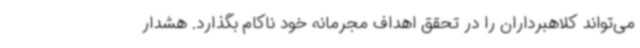
می‌تواند کلاهبرداران را در تحقق اهداف مجرمانه خود ناکام بگذارد. هشدار